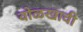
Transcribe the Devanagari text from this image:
वोळखावी